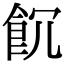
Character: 𩚗